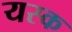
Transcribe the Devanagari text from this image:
यस्क